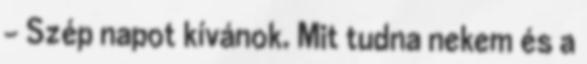
- Szép napot kívánok. Mit tudna nekem és a